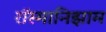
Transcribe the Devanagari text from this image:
रॉस्मानिझाम